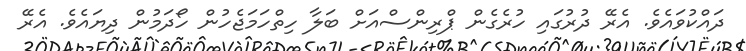
ދައްކުވައެވެ. އެރޭ ދުރުގައި ހުރެގެން ޕްރިންސްއަށް ބަލާ ހިތްހަމަޖެހުން ހޯދަމުން ދިޔައެވެ. އެރޭ